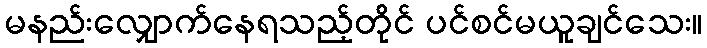
မနည်းလျှောက်နေရသည့်တိုင် ပင်စင်မယူချင်သေး။